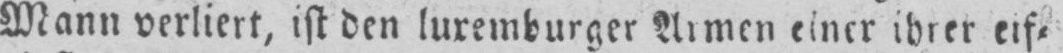
Mann verliert, ist den luxemburger Armen einer ihrer eif⸗